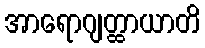
အာရောဂျတ္ထာယာတိ